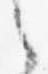
之